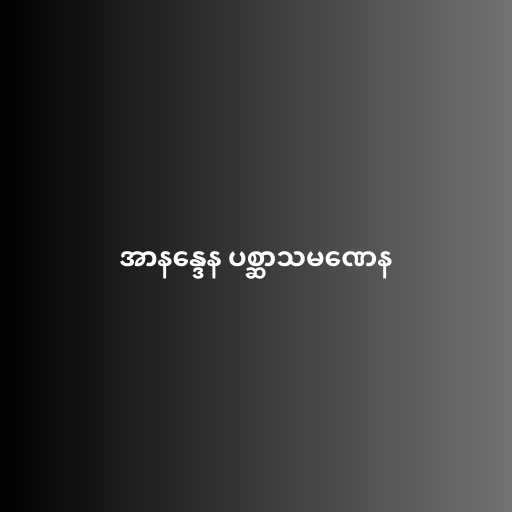
အာနန္ဒေန ပစ္ဆာသမဏေန